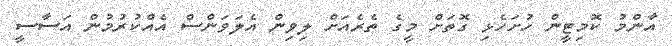
އާންމު ކޮމިޓީން ހުށަހެޅި ގޮތަށް މީގެ ތެރެއަށް ލިވިން އެލަވަންސް އެއްކުރުމުން އަސާސީ